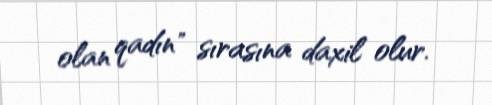
olan qadın" sırasına daxil olur.